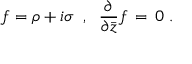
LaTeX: f = \rho + i \sigma \; \; , \; \; \frac { \partial } { \partial { \bar { z } } } f \, = \, 0 \; .